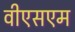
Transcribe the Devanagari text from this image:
वीएसएम